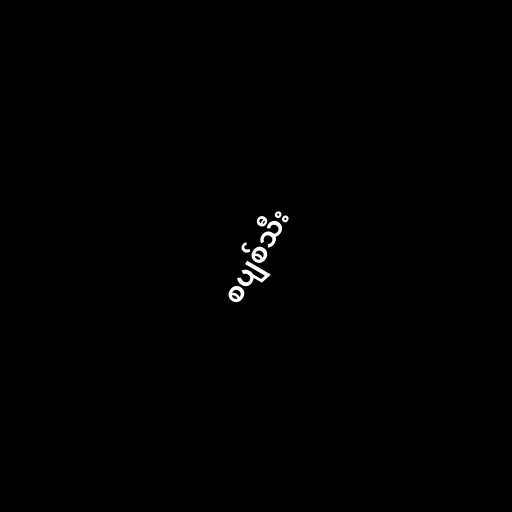
စပျစ်သီး